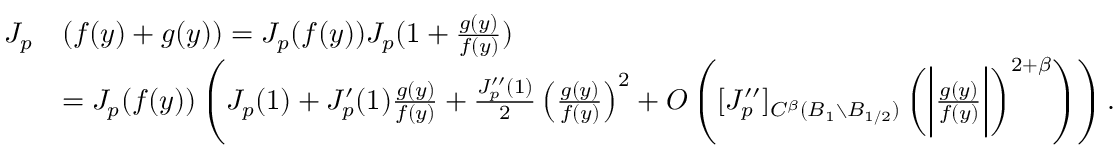
\begin{array} { r l } { J _ { p } } & { ( f ( y ) + g ( y ) ) = J _ { p } ( f ( y ) ) J _ { p } ( 1 + \frac { g ( y ) } { f ( y ) } ) } \\ & { = J _ { p } ( f ( y ) ) \left( J _ { p } ( 1 ) + J _ { p } ^ { \prime } ( 1 ) \frac { g ( y ) } { f ( y ) } + \frac { J _ { p } ^ { \prime \prime } ( 1 ) } { 2 } \left( \frac { g ( y ) } { f ( y ) } \right) ^ { 2 } + O \left( [ J _ { p } ^ { \prime \prime } ] _ { C ^ { \beta } ( B _ { 1 } \setminus B _ { 1 / 2 } ) } \left( \bigg | \frac { g ( y ) } { f ( y ) } \bigg | \right) ^ { 2 + \beta } \right) \right) . } \end{array}